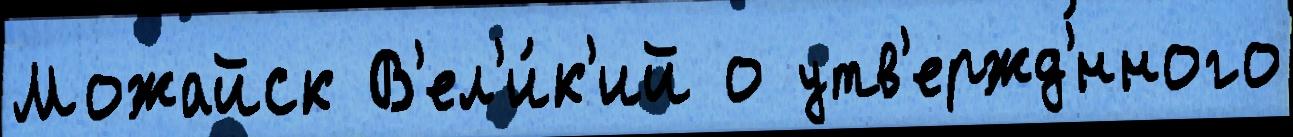
Можайск В'ел'и́к'ий о утв'ержд'́нного